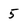
Character: 5